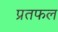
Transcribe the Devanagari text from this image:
प्रतफल